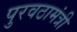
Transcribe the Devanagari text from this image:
पुरवठामंत्री